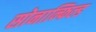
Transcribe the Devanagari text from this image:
सोनान्फिल्ड